Indian journal of veterinary science and animal husbandry - Volume 6,
Year: 1936
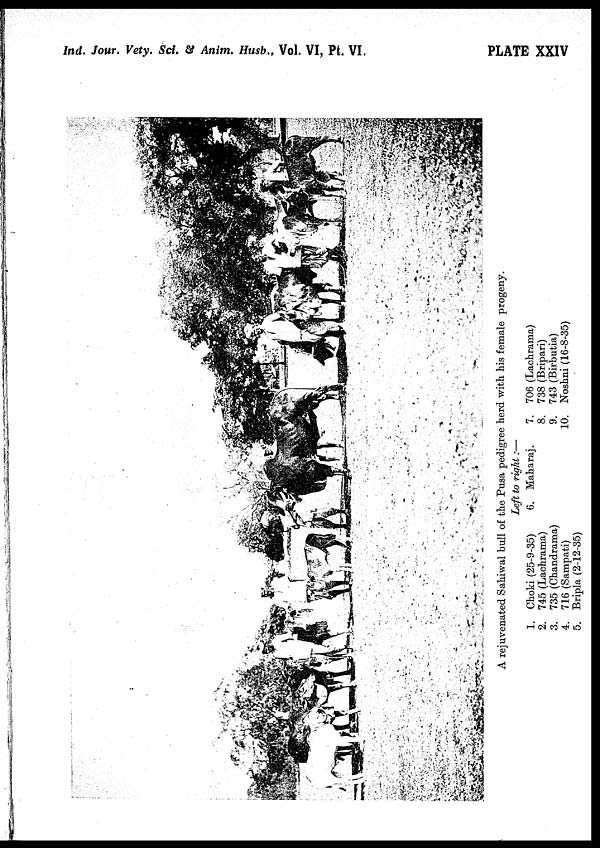
Ind. Jour. Vety. Sci. & Anim. Husb., Vol. VI, Pt. VI.
PLATE XXIV
A rejuvenated Sahiwal bull of the Pusa pedigree herd with his female progeny.
Left to right :—
1. Choki (25-9-35)
2. 745 (Lachrama)
3. 735 (Chandrama)
4. 716 (Sampati)
5. Bripla (2-12-35)
6. Maharaj.
7. 706 (Lachrama)
8. 738 (Bripari)
9. 743 (Birbutia)
10. Noshni (16-8-35)